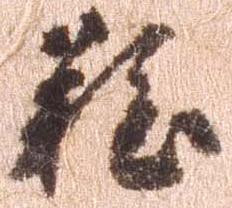
雖